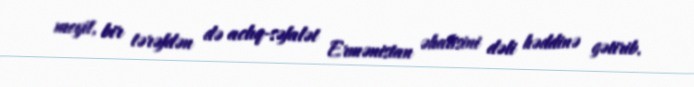
meyit, bir tərəfdən də aclıq-səfalət Ermənistan əhalisini dəli həddinə gətirib.